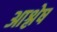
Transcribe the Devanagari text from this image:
आश्लेष